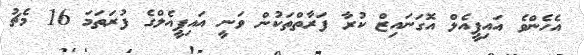
އެހެންވެ އައިޕީއެލް އޮގަނައިޒް ކުރާ ފަރާތްތަކުން ވަނީ އައިޕީއެލްގެ ފުރަތަމަ 16 މެޗު